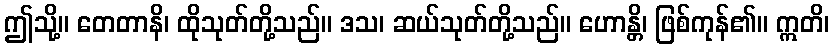
ဤသို့။ တေတာနိ၊ ထိုသုတ်တို့သည်။ ဒသ၊ ဆယ်သုတ်တို့သည်။ ဟောန္တိ၊ ဖြစ်ကုန်၏။ ဣတိ၊